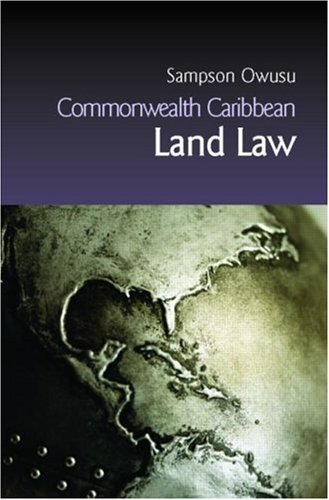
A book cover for Commonwealth Caribbean Land Law (Commonwealth Caribbean Law); Sampson Owusu; Law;